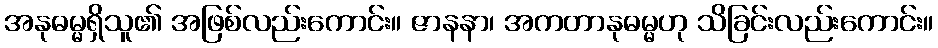
အနုဓမ္မရှိသူ၏ အဖြစ်လည်းကောင်း။ ဇာနနာ၊ အကတာနုဓမ္မဟု သိခြင်းလည်းကောင်း။